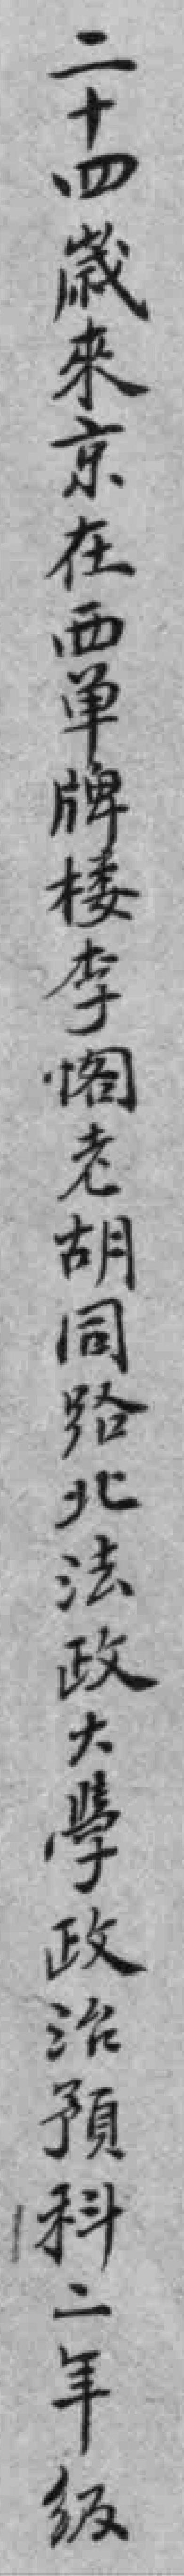
二十四歲來京在西单牌楼李阁老胡同路北法政大學政治預科二年级